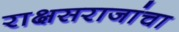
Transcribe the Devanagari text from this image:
राक्षसराजांचा